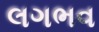
લગભવ